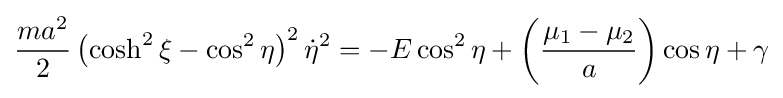
{\frac {ma^{2}}{2}}\left(\cosh ^{2}\xi -\cos ^{2}\eta \right)^{2}{\dot {\eta }}^{2}=-E\cos ^{2}\eta +\left({\frac {\mu _{1}-\mu _{2}}{a}}\right)\cos \eta +\gamma